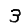
Digit: 3